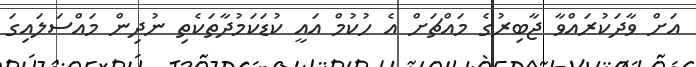
އަށް ވާދަކުރައްވާ ޖާބިރުގެ މައްޗަށް އެ ހުކުމް އައީ ކުޑަކަމުދާތަކެތި ނުދިން މައްސަލައިގަ